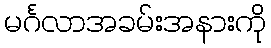
မင်္ဂလာအခမ်းအနားကို